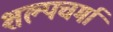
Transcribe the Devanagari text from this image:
शल्पचर्मा